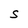
Character: S